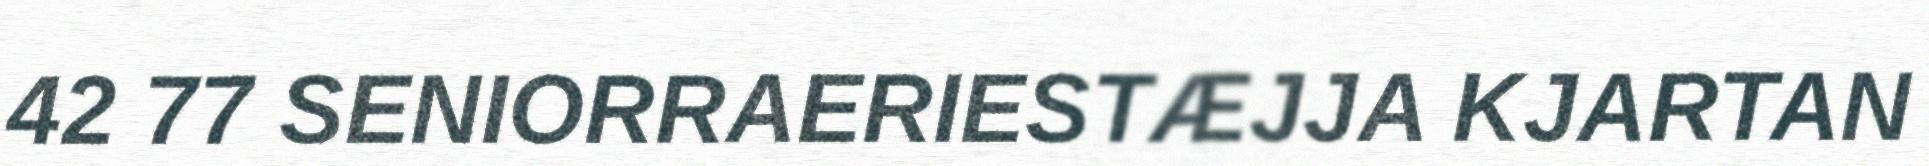
42 77 SENIORRAERIESTÆJJA KJARTAN